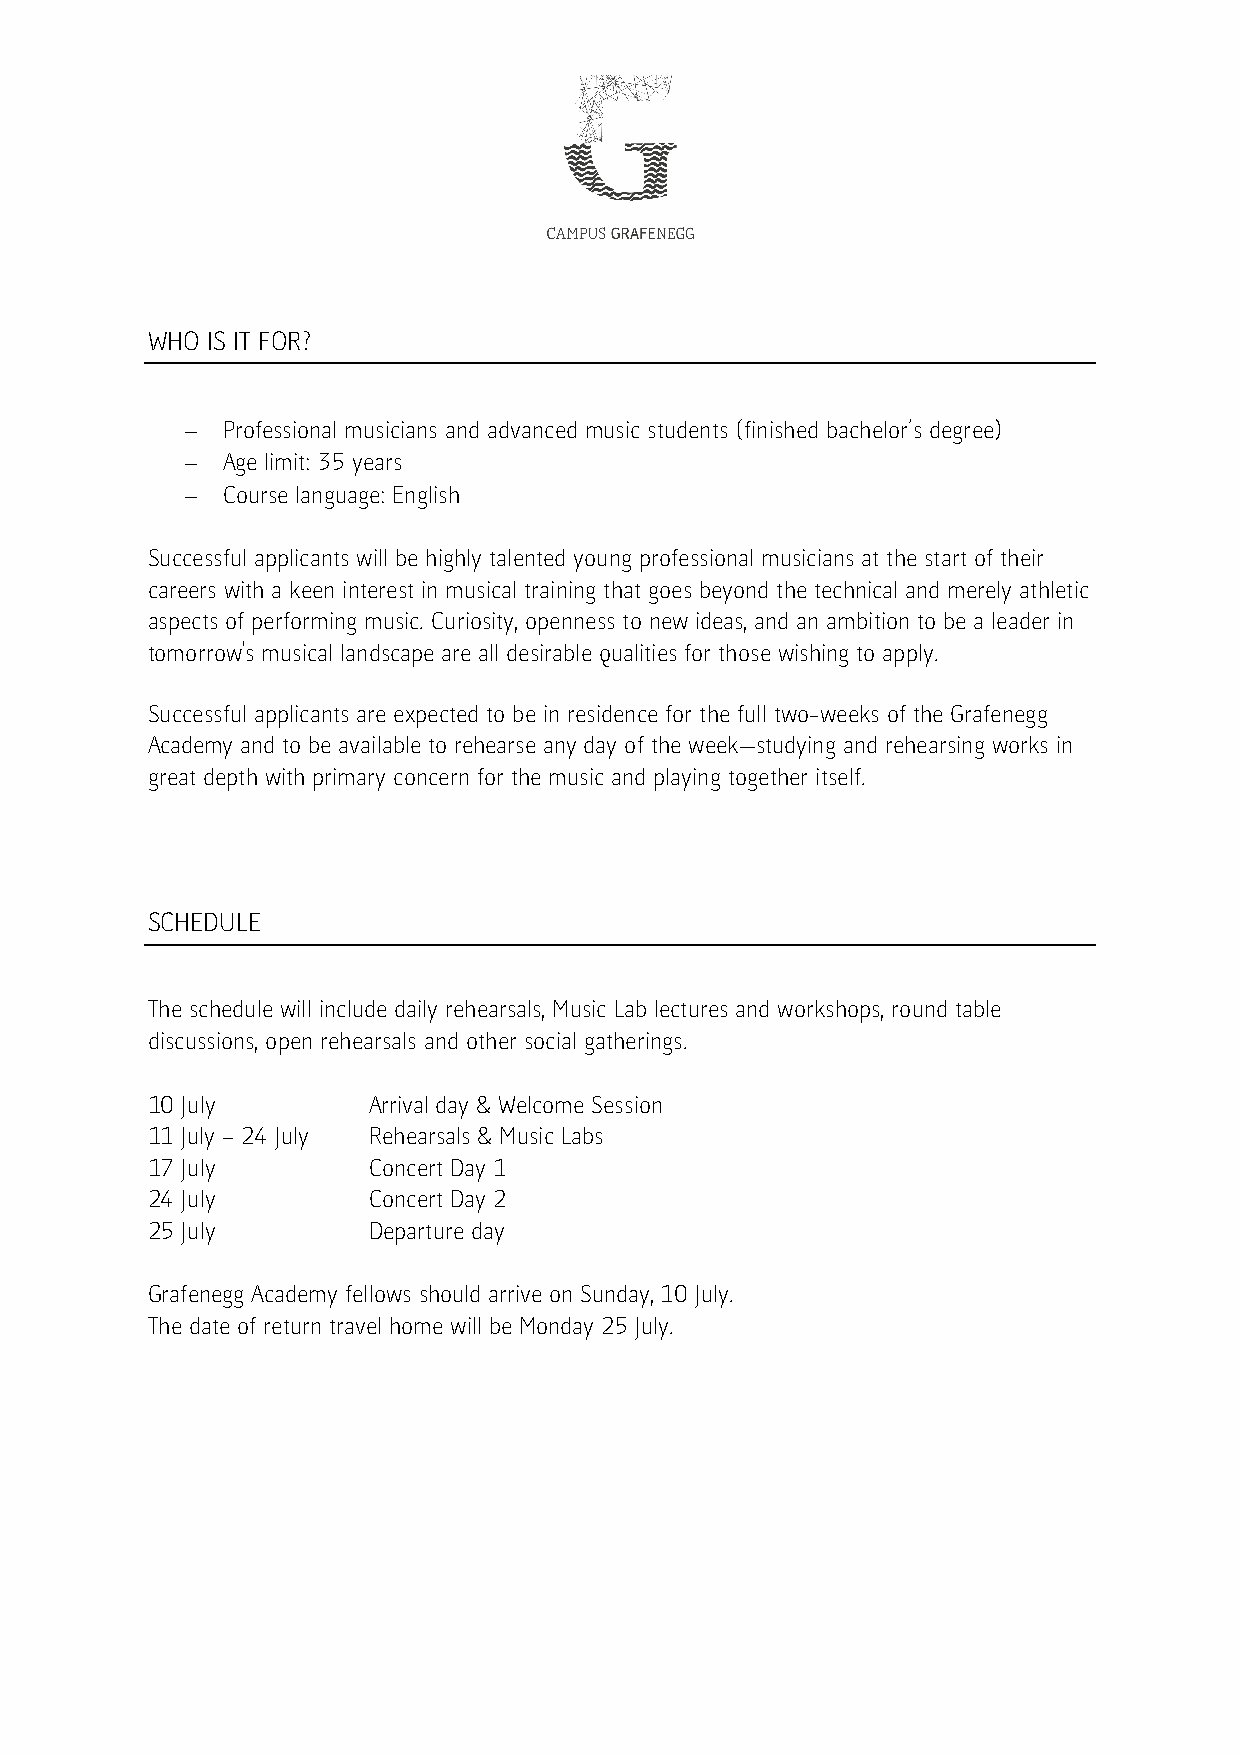
WHO IS IT FOR?
 -  Professional musicians and advanced music students (finished bachelor’s degree)
 -  Age limit: 35 years
 -  Course language: English
 Successful applicants will be highly talented young professional musicians at the start of their
 careers with a keen interest in musical training that goes beyond the technical and merely athletic
 aspects of performing music. Curiosity, openness to new ideas, and an ambition to be a leader in
 tomorrow's musical landscape are all desirable qualities for those wishing to apply.
 Successful applicants are expected to be in residence for the full two-weeks of the Grafenegg
 Academy and to be available to rehearse any day of the week—studying and rehearsing works in
 great depth with primary concern for the music and playing together itself.
 SCHEDULE
 The schedule will include daily rehearsals, Music Lab lectures and workshops, round table
 discussions, open rehearsals and other social gatherings.
 10 July       Arrival day & Welcome Session
 11 July – 24 July Rehearsals & Music Labs
 17 July       Concert Day 1
 24 July       Concert Day 2
 25 July       Departure day
 Grafenegg Academy fellows should arrive on Sunday, 10 July.
 The date of return travel home will be Monday 25 July.